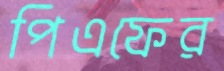
পিএফের